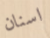
اسنان